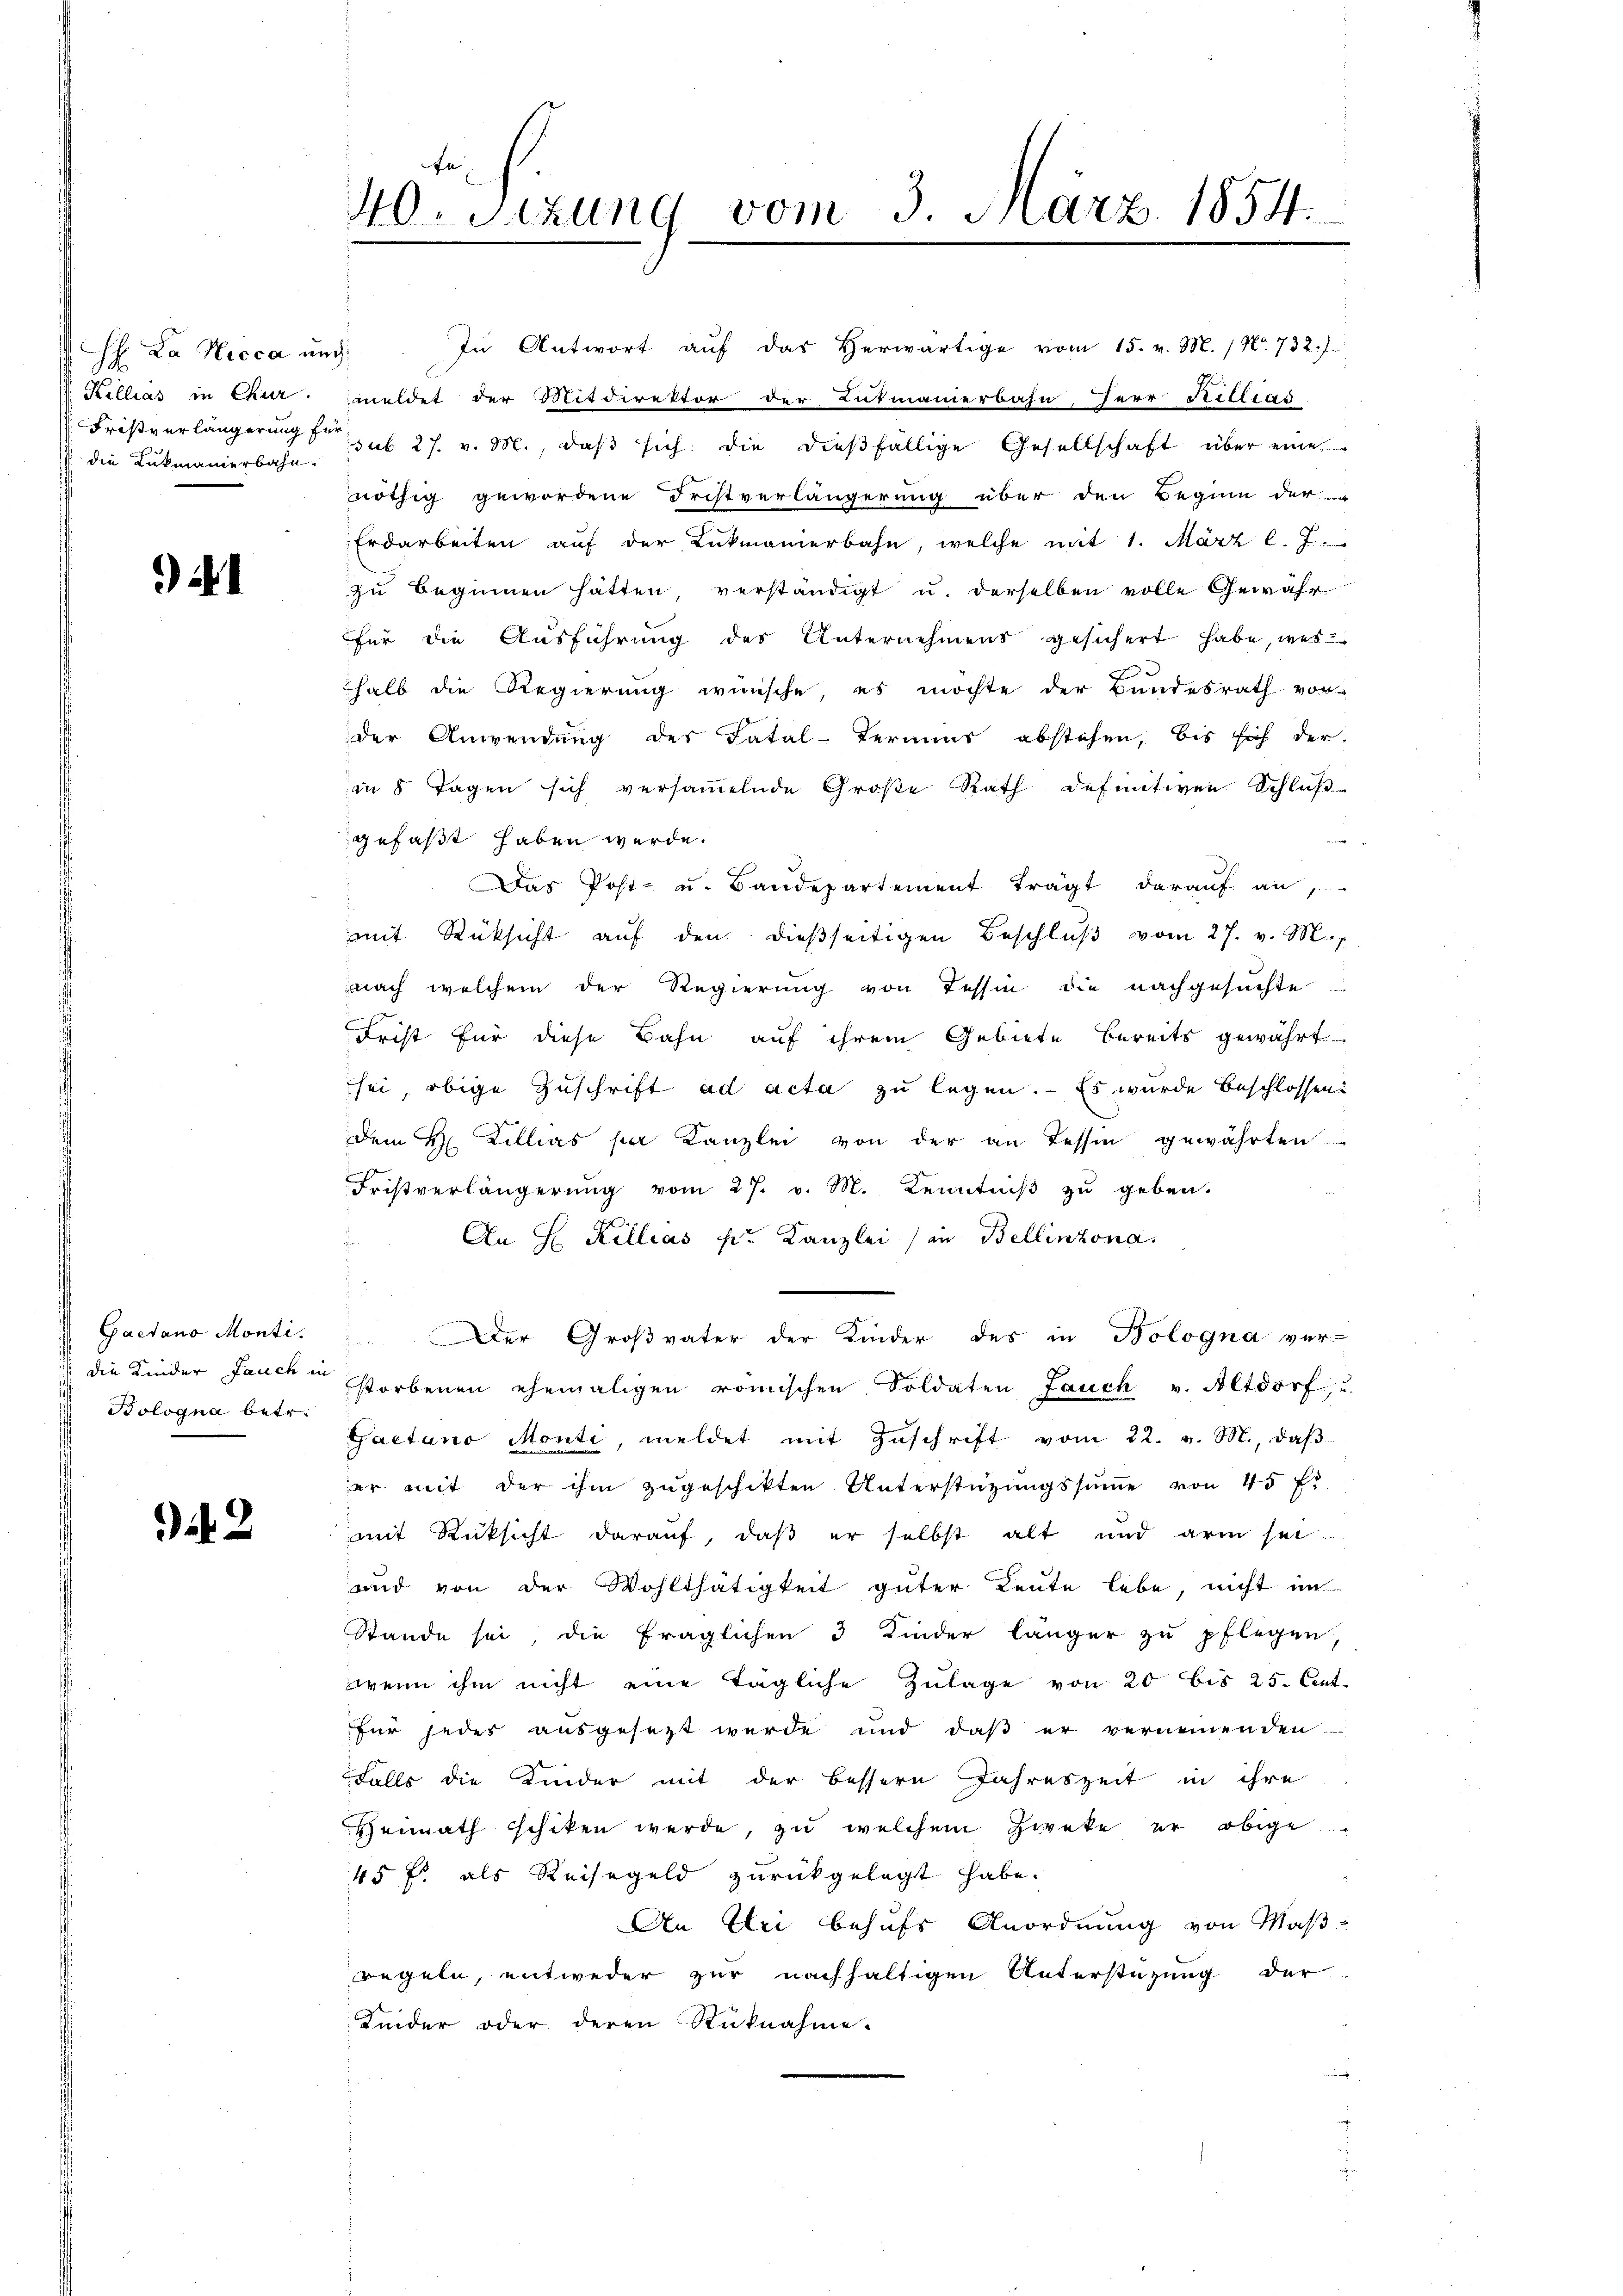
H. La Nicca und
Fristverlängerung für
die Lukmanierbahn.

21

Gaetano Monti.
Bologna betr.

42

In Antwort auf das Herwärtige vom 15. v. M. / No. 732.)
Kellias in Chur meldet der Mitdirektor der Lutmaierbahn, Herr Rillias
sub 27. v. M., daß sich die dießfällige Gesellschaft über eine
nöthig gewordene Fristverlängerung über den Beginn der
Erdarbeiten auf der Lukmanierbahn, welche mit 1. März l. J.
zu beginnen hätten, verständigt u. derselben volle Gewähr
für die Ausführung des Unternehmens gesichert habe, wes
e
halb die Regierung wünsche, es möchte der Bundesrath von
der Anwendung des Fatal-Termins abstehen, bis sich der
in 8 Tagen sich versammelnde Große Rath definitiven Schluß
gefaßt haben werde.
Das Post- u. Baudepartement trägt darauf an,
mit Rücksicht aŭf den dieβseitigen Beschlŭβ vom 27. v. M.
nach welchem der Regierung von Tessin die nachgesuchte
Frist für diese Bahn auf ihrem Gebiete bereits gewährt
sei obige Zuschrift ad acta zu legen. – Es wurde beschlossen
Dem H. Zillias per Kanzlei von der an Tessin gewährten
Fristverlängerung vom 27. v. M. Kenntniß zu geben.
An H Killias pr. Kanzlei (in Bellinzona.
 Der Großvater der Kinder des in Bologna ver-
 die Kinder Jauch in storbenen ehemaligen römischen Soldaten Jauch v. Altdorf, u.
Gaetano Monti, meldet mit Zuschrift vom 22. v. M., daβ
er mit der ihm zugeschikten Unterstützungssumme von 45 f.
mit Rüksicht darauf, daß er selbst alt und arm sei
und von der Wohlthätigkeit güter Leute lebe, nicht im
Stande sei, die fraglichen 3 Kinder länger zu pflegen,
wenn ihm nicht eine tägliche Zŭlage von 20 bis 25. Ant.
für jeder ausgesezt wurde und daß er vernennenden
Falls die Kinder mit der bessern Jahreszeit in ihre
Heimath schiken werde, zu welchem Zweke er obige
45 f. als Reisegeld zurückgelegt habe.
An Uri behufs Anordnung von Maßregeln, entweder zur nachhaltigen Unterstüzung der
Kinder oder deren Rüknahme.

40. Sizung vom 3. März 1854.